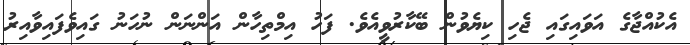
އެކުއްޖާގެ އަވައިގައި ޖެހި ކިޔެވުން ބޭކާރުވީއެވެ. ފަހު އިމްތިހާން އަންނަން ނުހަނު ގައިވެފައިވާއިރު